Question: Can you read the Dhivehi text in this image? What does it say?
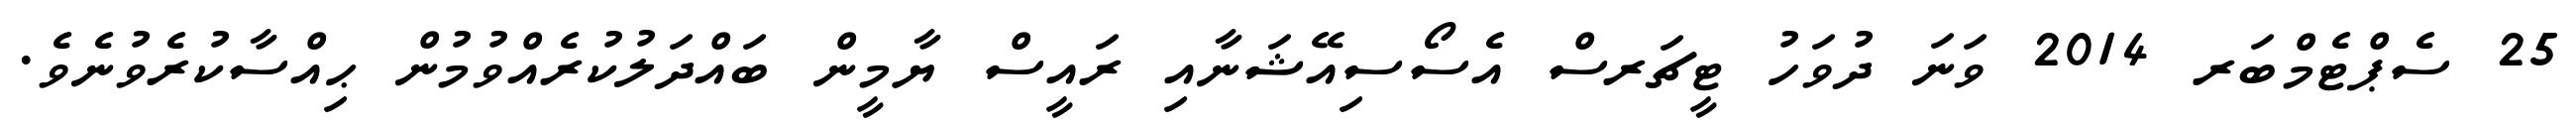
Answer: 25 ސެޕްޓެމްބަރ 2014 ވަނަ ދުވަހު ޓީޗަރސް އެސޯސިއޭޝަނާއި ރައީސް ޔާމީން ބައްދަލުކުރެއްވުމުން ޙިއްސާކުރެވުނެވެ.